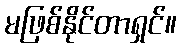
မဖြစ်နိုင်တာရှင်။